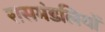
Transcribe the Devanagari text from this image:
रासमंडलियों